Civil Veterinary Department Bengal reports 1933-51 - 1933-1951
Year: 1933
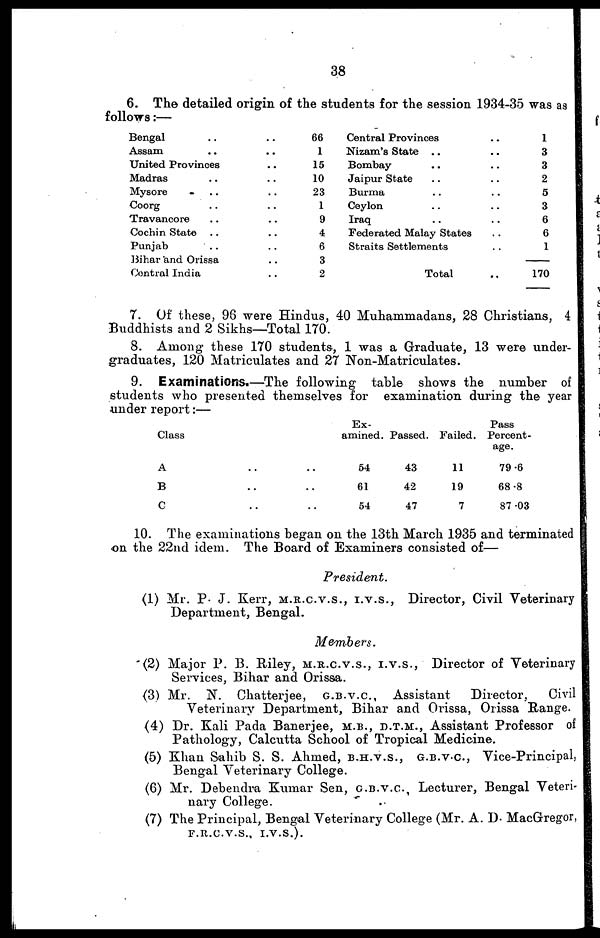
38
6. The detailed origin of the students for the session 1934-35 was as
follows:—
Bengal .. ..
Assam.. ..
United Provinces ..
Madras .. ..
Mysore .. ..
Coorg .. ..
Travancore .. ..
Cochin State.. ..
Punjab .. ..
Bihar and Orissa ..
Contral India ..
66
1
15
10
23
1
9
4
6
3
2
Central Provinces.. ..
Nizam's State .. ..
Bombay.. ..
Jaipur State.. ..
Burma.. ..
Ceylon.. ..
Iraq.. ..
Federated Malay States..
Straits Settlements..
Total..
1
3
3
2
5
3
6
6
1
170
7. Of these, 96 were Hindus, 40 Muhammadans, 28 Christians, 4
Buddhists and 2 Sikhs—Total 170.
8. Among these 170 students, 1 was a Graduate, 13 were under-
graduates, 120 Matriculates and 27 Non-Matriculates.
9. Examinations.—The following table shows the number of
students who presented themselves for examination during the year
under report:—
Class
A.. ..
B .. ..
C .. ..
Ex-
amined.
54
61
54
Passed.
43
42
47
Failed.
11
19
7
Pass
Percent-
age.
79.6
68.8
87.03
10. The examinations began on the 13th March 1935 and terminated
on the 22nd idem. The Board of Examiners consisted of—
President.
(1) Mr. P. J. Kerr, M.R.C.V.S., I.V.S., Director, Civil Veterinary
Department, Bengal.
Members.
(2) Major P. B. Riley, M.R.C.V.S., I.V.S., Director of Veterinary
Services, Bihar and Orissa.
(3) Mr. N. Chatterjee, G.B.V.C., Assistant
Director,
Civil
Veterinary Department, Bihar and Orissa, Orissa Range.
(4) Dr. Kali Pada Banerjee, M.B., D.T.M., Assistant Professor of
Pathology, Calcutta School of Tropical Medicine.
(5) Khan Sahib S. S. Ahmed, B.H.V.S., G.B.V.C., Vice-Principal,
Bengal Veterinary College.
(6) Mr. Debendra Kumar Sen, G.B.V.C., Lecturer, Bengal Veteri-
nary College.
(7) The Principal, Bengal Veterinary College (Mr. A. D. MacGregor,
F.R.C.V.S., I.V.S.).